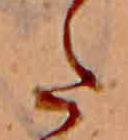
た